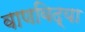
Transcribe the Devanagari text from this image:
वाणविद्या